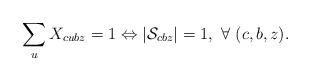
LaTeX: \begin{align*}\sum_{u}X_{cubz}=1 \Leftrightarrow |\mathcal{S}_{cbz}|=1, \ \forall \ (c,b,z).\end{align*}